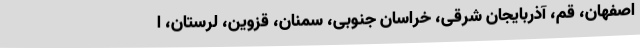
اصفهان، قم، آذربایجان شرقی، خراسان جنوبی، سمنان، قزوین، لرستان، ا